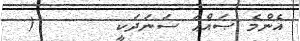
އެންމެ ޞައްޙަ ސަނަދަކީ      (